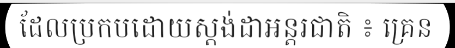
ដែលប្រកបដោយស្តង់ដាអន្តរជាតិ ៖ គ្រេន